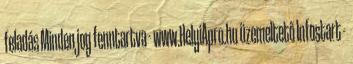
feladás Minden jog fenntartva - www.HelyiApro.hu üzemeltető Infostart -